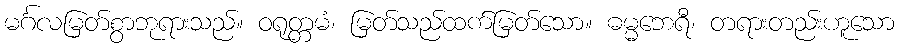
မင်္ဂလမြတ်စွာဘုရားသည်။ ဝရုတ္တမံ၊ မြတ်သည်ထက်မြတ်သော။ ဓမ္မဘေရီ၊ တရားတည်းဟူသော